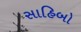
સાહિબો